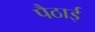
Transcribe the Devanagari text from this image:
पैठाई